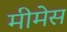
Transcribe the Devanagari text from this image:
मीमेस